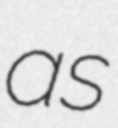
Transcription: as